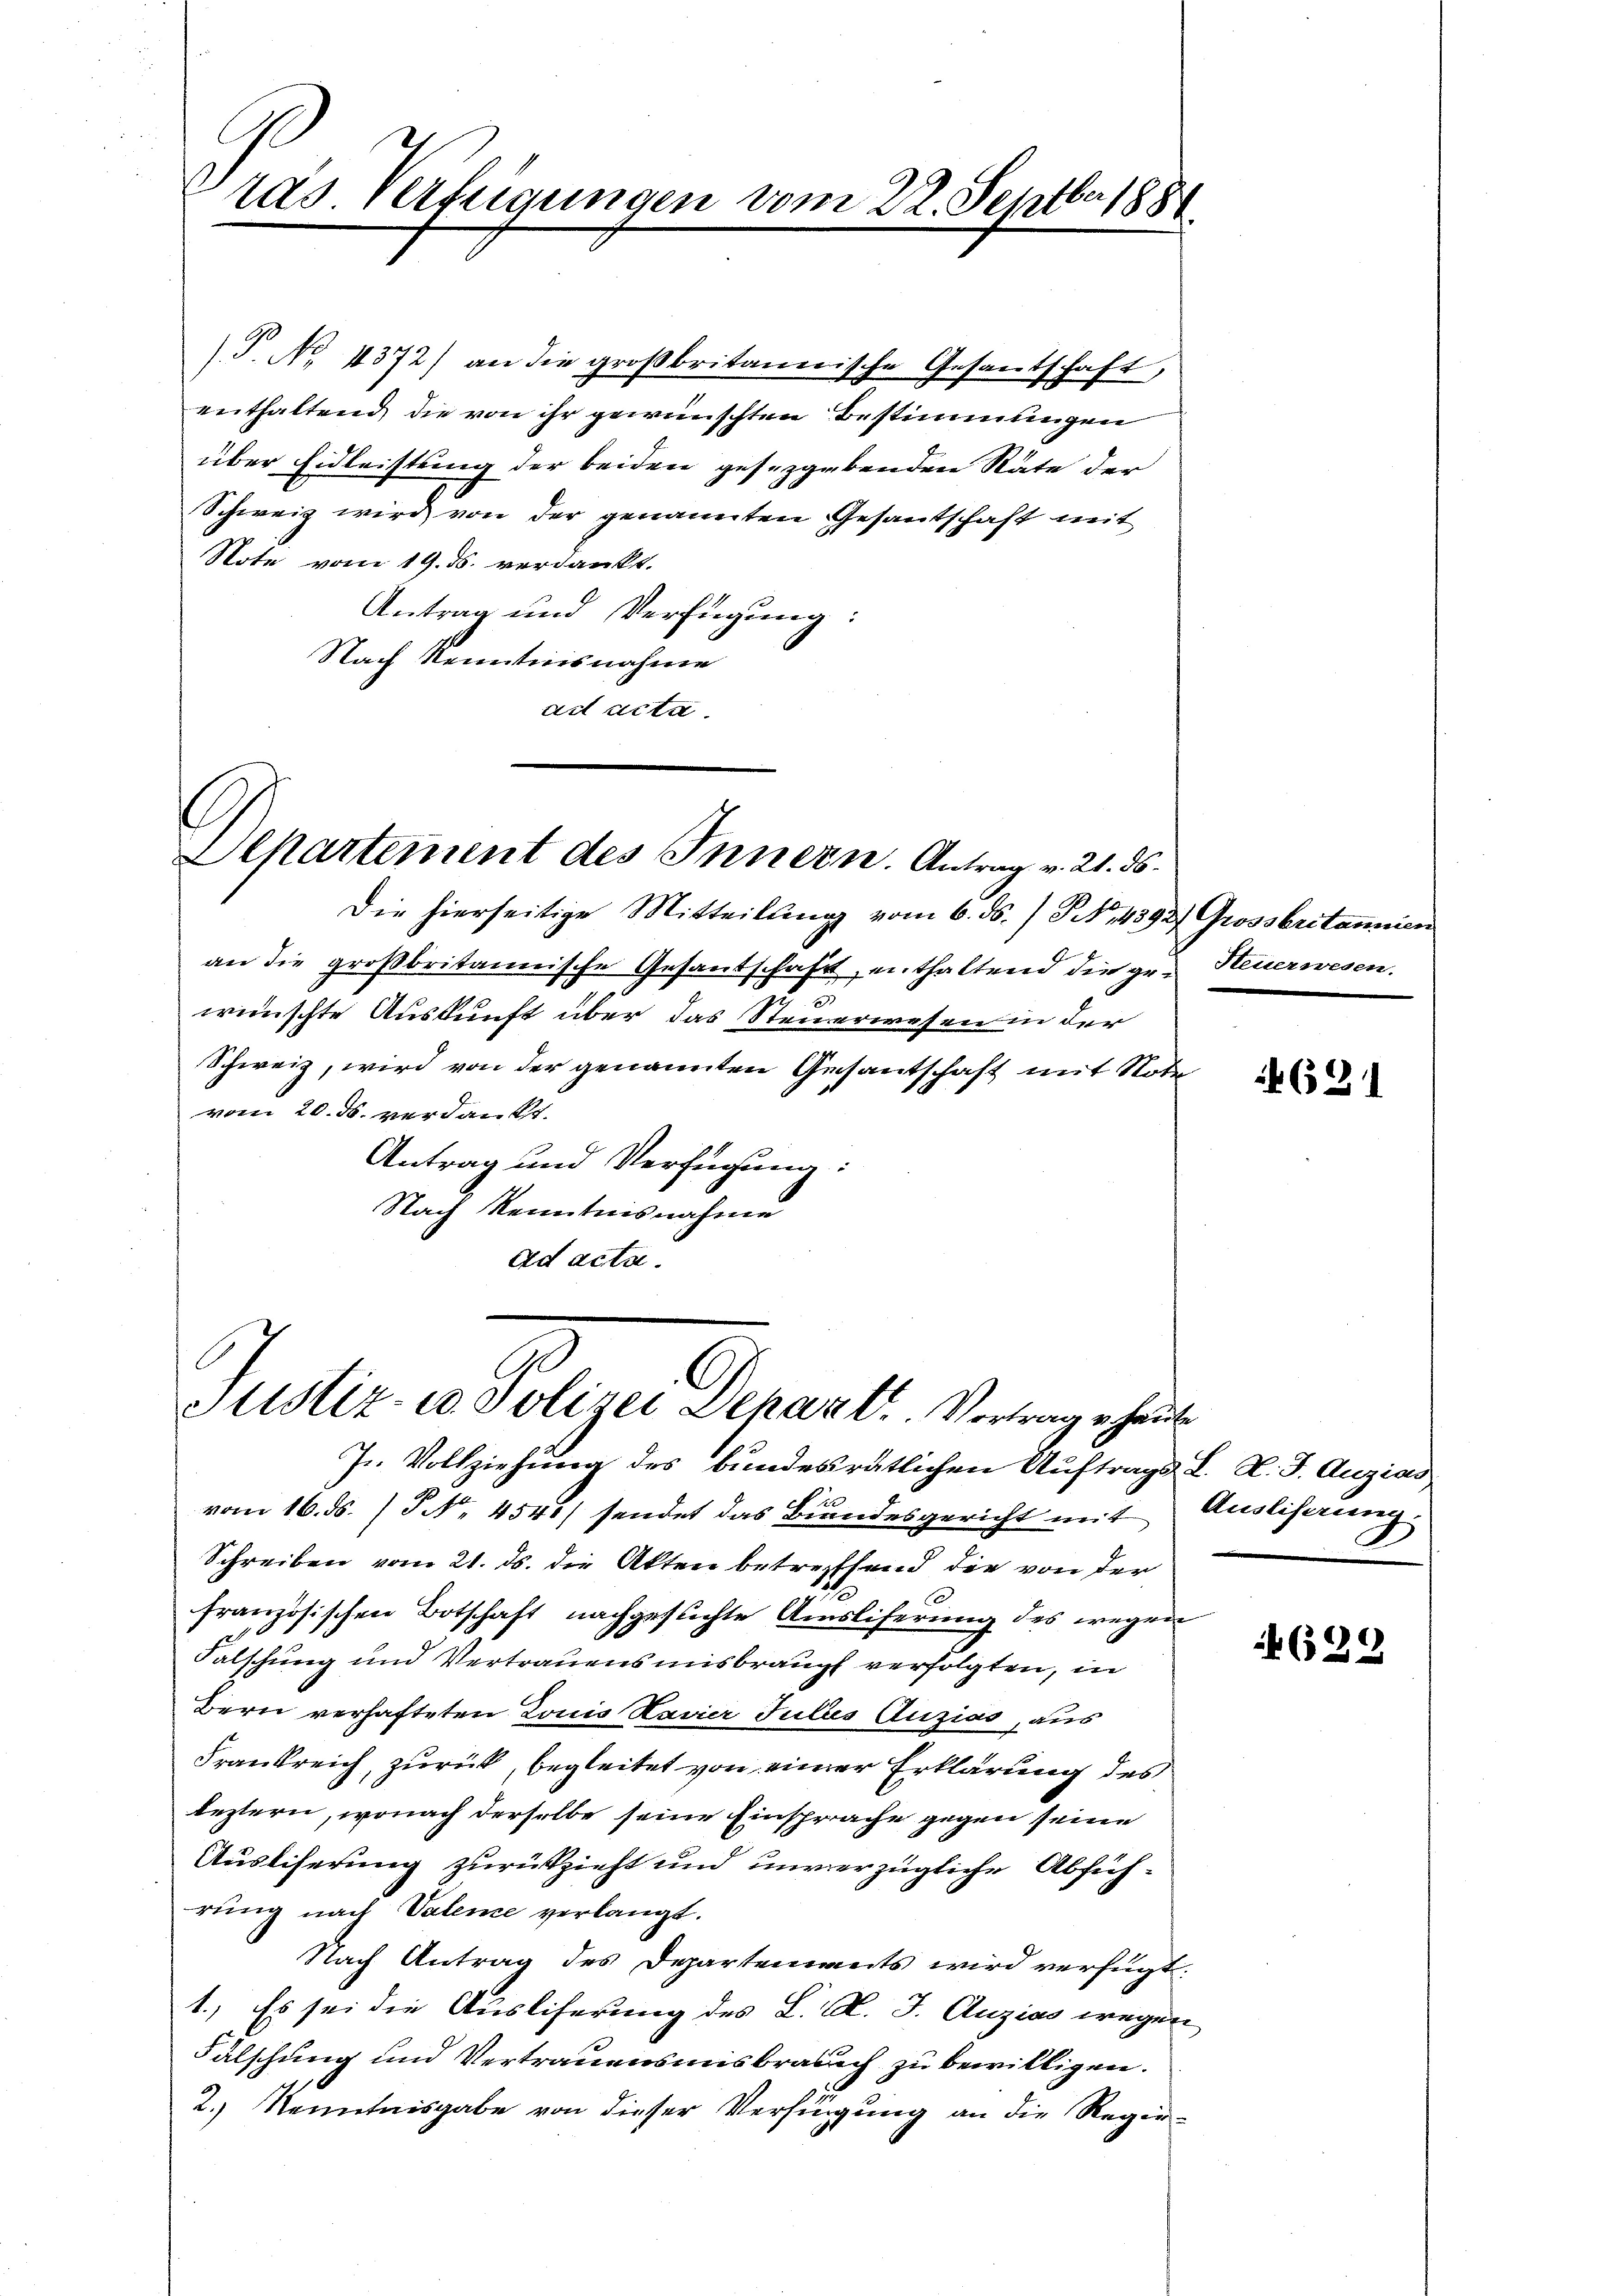
ras Verfügungen vom 22. Septbr 188

Schweiz wird von der genannten Gesantschaft mit
Note vom 19. ds. verdankt.
Antrag und Verfügung:
Nach Kenntnisnahme
ad acta.

P. No 1372) an die großbritannische Gesantschaft,
enthaltend die von ihr gewünschten Bestimmungen
über Eidleistung der beiden gesetzgebenden Räte der

s
Separtement des Innern. Antrag v. 21. ds.

Die hierseitige Mitteillung vom 6. ds. / NNo. 4892) Grossbritannien
an die großbritannische Gesandschaft enthaltend die ge- Steuerwesen.
2
wünschte Auskunft über das Steuerwesen in der
Schweiz, wird von der genannten Gesantschaft mit Note
vom 20. ds. verdankt.
Antrag und Verfügung:
Nach Kenntnisnahme
ad acta.

C
Justiz- u. Polizei Depart. Vortrag heute
Jr. Vollziehung des bundesrätlichen Auftrags- L. N. F. Augias

vom 16. ds. /5 N. 4541) sendet das Bundesgericht mit Ausliferung.
Schreiben vom 21. ds. die Akten betreffend die von der
französischen Botschaft nachgesuchte Amsliferung des wegen
Falschung und Vertrauensmisbrauch verfolgten, in
Bern verhafteten Louis Ravier Jubes Auzias, aus
Frankreich, zurück, begleitet von einer Erklärung des
leztern, wonach derselbe seine Einsprache gegen seine
Ausliferung zurückzieht und unverzügliche Abführung nach Valeme verlangt.
Nach Antrag des Departements wird verfügt:
1.) Es sei die Ausliferung des L. K. J. Anzias wegen
Fälschung und Vertrauensmisbrauch zu bewilligen.
2.) Kenntnisgabe von dieser Verfügung an die Regie¬

4621

699.